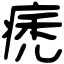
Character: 痜